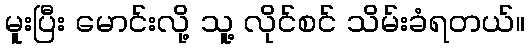
မူးပြီး မောင်းလို့ သူ့ လိုင်စင် သိမ်းခံရတယ်။